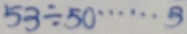
5 3 \div 5 0 \cdots 5